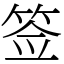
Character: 签